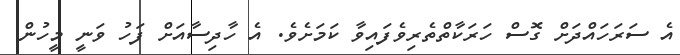
އެ ސަރަހައްދަށް ގޮސް ހަރަކާތްތެރިވެފައިވާ ކަމަށެވެ. އެ ހާދިސާއަށް ފަހު ވަނީ މީހުން